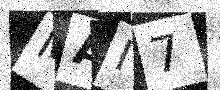
Text: MAI7